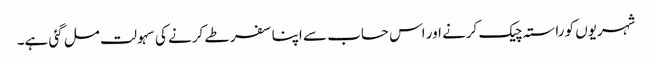
شہریوں کو راستہ چیک کرنے اور اس حساب سے اپنا سفر طے کرنے کی سہولت مل گئی ہے۔